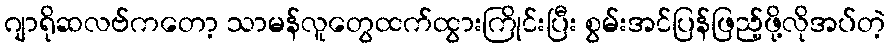
ဂျာရိုဆလဗ်ကတော့ သာမန်လူတွေထက်ထွားကြိုင်းပြီး စွမ်းအင်ပြန်ဖြည့်ဖို့လိုအပ်တဲ့